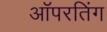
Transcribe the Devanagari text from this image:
ऑपरतिंग